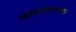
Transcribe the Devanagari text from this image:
संक्यात्मक